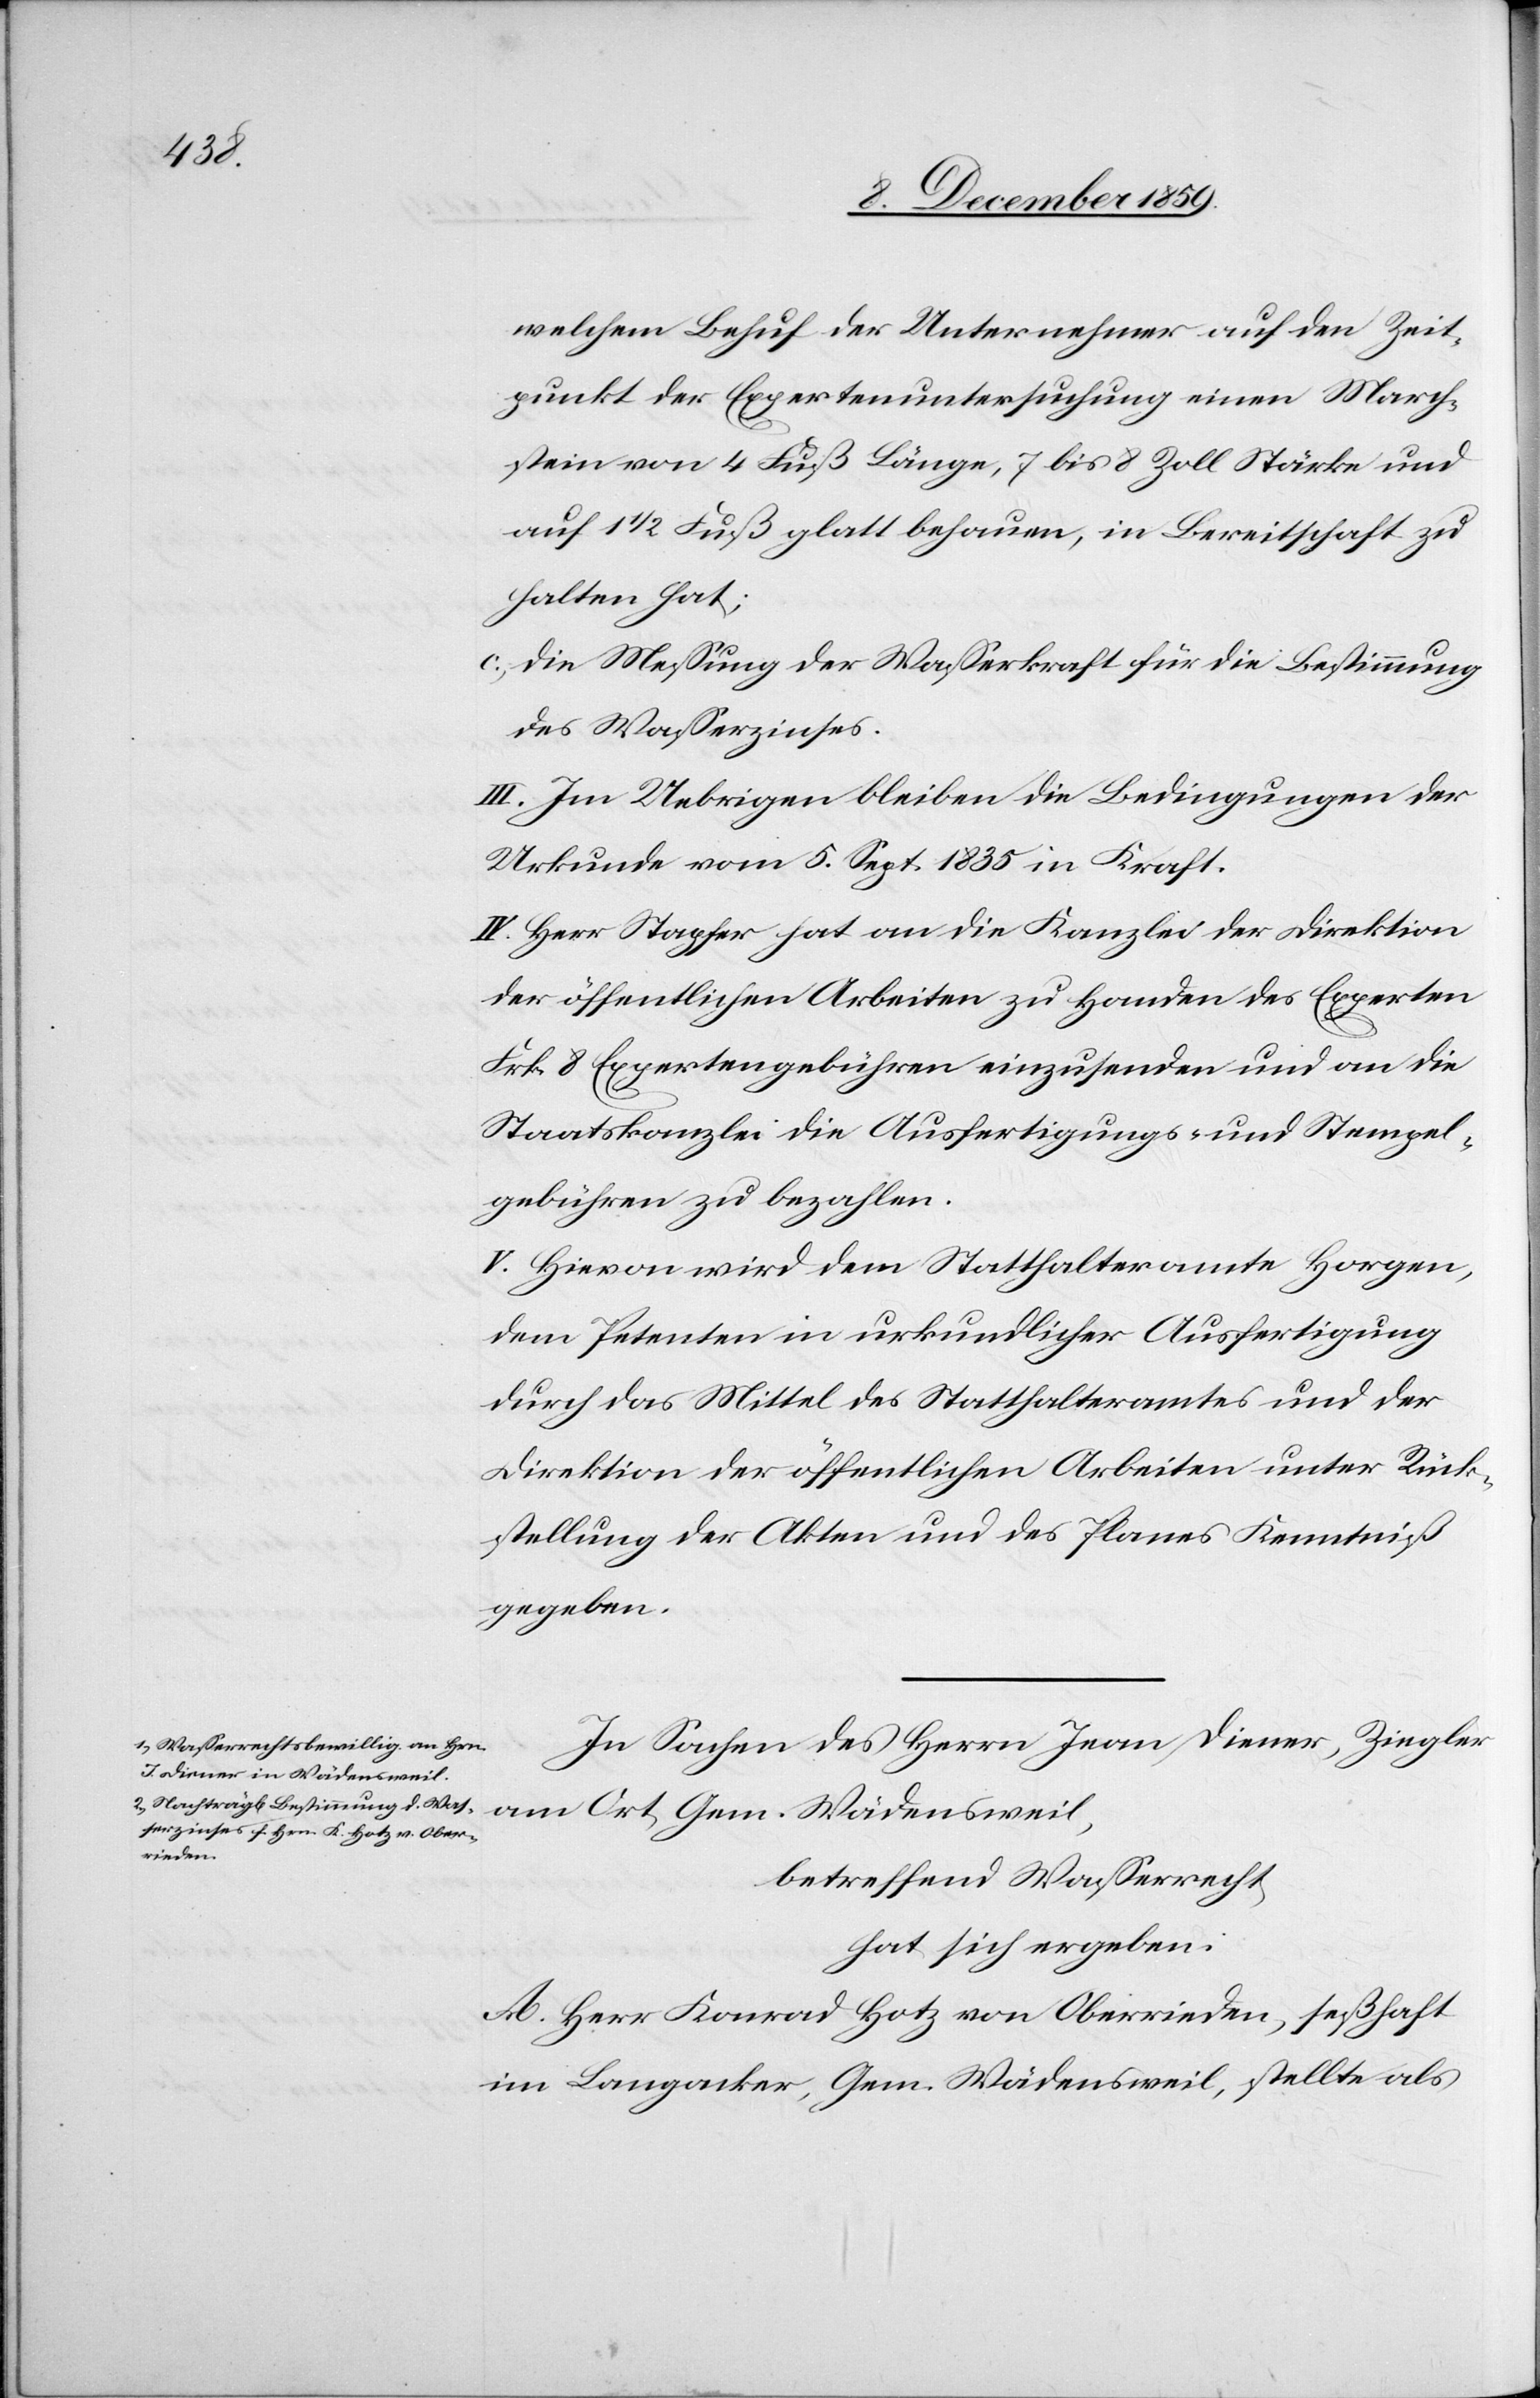
welchem Behuf der Unternehmer auf den Zeit¬
punkt der Expertenuntersuchung einen March¬
stein von 4 Fuß Länge, 7 bis 8 Zoll Stärke und
auf 1 1/2 Fuß glatt behauen, in Bereitschaft zu
halten hat;
c) die Messung der Wasserkraft für die Bestimmung
des Wasserzinses.
III. Im Uebrigen bleiben die Bedingungen der
Urkunde vom 5. Sept. 1835 in Kraft.
IV. Herr Stapfer hat an die Kanzlei der Direktion
der öffentlichen Arbeiten zu Handen des Experten
Frk. 8 Expertengebühren einzusenden und an die
Staatskanzlei die Ausfertigungs- und Stempel¬
gebühren zu bezahlen.
V. Hievon wird dem Statthalteramte Horgen,
dem Petenten in urkundlicher Ausfertigung
durch das Mittel des Statthalteramtes und der
Direktion der öffentlichen Arbeiten unter Rück¬
stellung der Akten und des Planes Kenntniß
geben.
In Sachen des Herrn Ivan Diener, Ziegler
am Ort, Gem. Wädensweil,
betreffend Wasserrecht,
hat sich ergeben:
A. Herr Konrad Hotz von Oberrieden, seßhaft
im Langacker, Gem. Wädensweil, stellte als